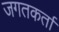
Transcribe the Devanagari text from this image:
जगतकर्ता